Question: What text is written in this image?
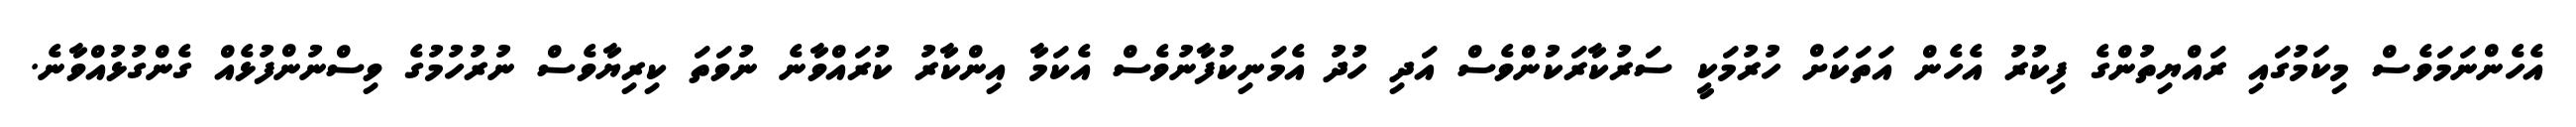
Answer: އެހެންނަމަވެސް މިކަމުގައި ރައްޔިތުންގެ ފިކުރު އެހެން އަތަކަށް ހުރުމަކީ ސަރުކާރަކުންވެސް އަދި ހުދު އެމަނިކުފާނުވެސް އެކަމާ އިންކާރު ކުރައްވާނެ ނުވަތަ ކިރިޔާވެސް ނުރުހުމުގެ ވިސްނުންފުޅެއް ގެންގުޅުއްވާނެ.